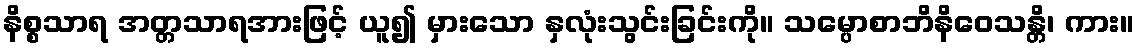
နိစ္စသာရ အတ္တသာရအားဖြင့် ယူ၍ မှားသော နှလုံးသွင်းခြင်းကို။ သမ္ပောစာဘိနိဝေသန္တိ၊ ကား။